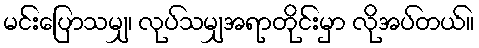
မင်းပြောသမျှ၊ လုပ်သမျှအရာတိုင်းမှာ လိုအပ်တယ်။